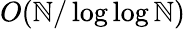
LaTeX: O(\mathbb{N}/\log\log\mathbb{N})